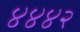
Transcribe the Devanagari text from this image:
४४४२